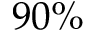
9 0 \%